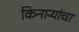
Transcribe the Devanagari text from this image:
किनाऱ्‍यांचा